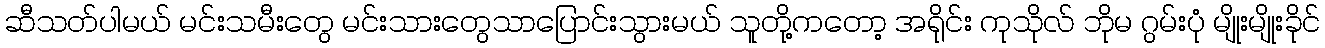
ဆီသတ်ပါမယ် မင်းသမီးတွေ မင်းသားတွေသာပြောင်းသွားမယ် သူတို့ကတော့ အရိုင်း ကုသိုလ် ဘိုမ ဂွမ်းပုံ မျိုးမျိုးခိုင်